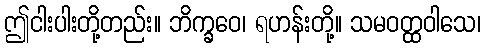
ဤငါးပါးတို့တည်း။ ဘိက္ခဝေ၊ ရဟန်းတို့။ သမဝတ္ထဝါသေ၊